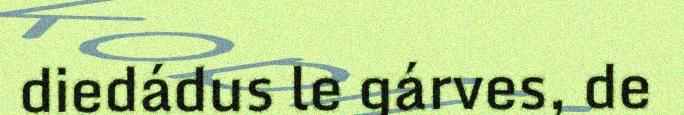
diedádus le gárves, de